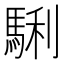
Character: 𩣫